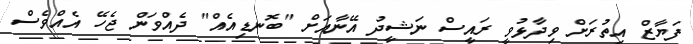
ފަޔާޒް އިތުރަށް ވިދާޅުވީ ރައީސް ނަޝީދު އޭނާއަށް "ބޮނޑިއެއް" ދެއްވަން ޖެހޭ އެއްވެސް